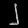
Digit: ၂